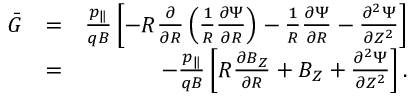
\begin{array} { r l r } { \bar { G } } & { = } & { \frac { p _ { \| } } { q B } \left[ - R \frac { \partial } { \partial R } \left( \frac { 1 } { R } \frac { \partial \Psi } { \partial R } \right) - \frac { 1 } { R } \frac { \partial \Psi } { \partial R } - \frac { \partial ^ { 2 } \Psi } { \partial Z ^ { 2 } } \right] } \\ & { = } & { - \frac { p _ { \| } } { q B } \left[ R \frac { \partial B _ { Z } } { \partial R } + B _ { Z } + \frac { \partial ^ { 2 } \Psi } { \partial Z ^ { 2 } } \right] . } \end{array}